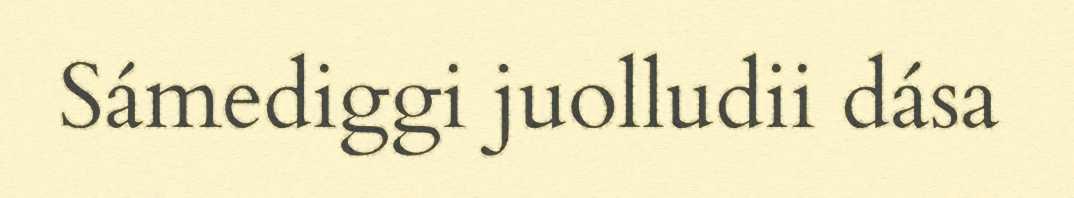
Sámediggi juolludii dása